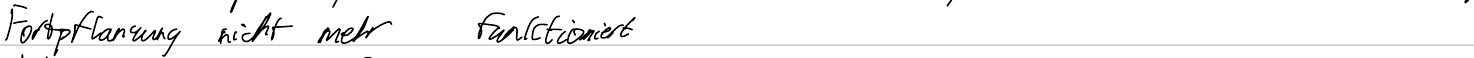
Fortpflanzung nicht mehr funktioniert